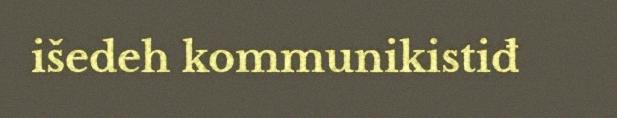
išedeh kommunikistiđ